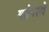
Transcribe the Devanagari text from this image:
ग्लोभरले